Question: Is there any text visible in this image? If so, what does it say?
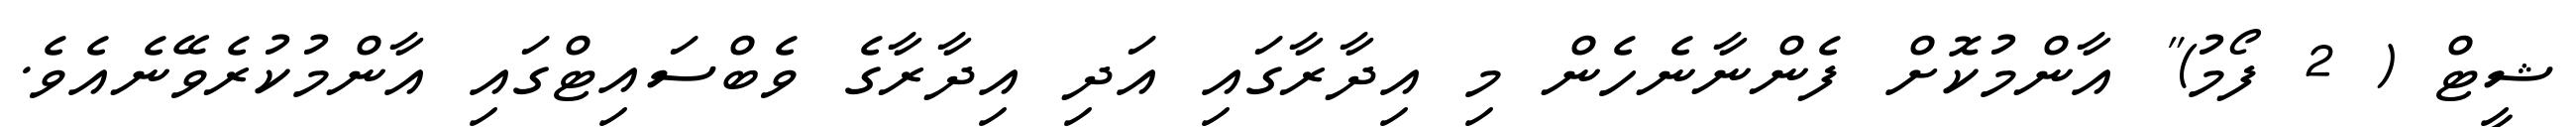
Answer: ޝީޓް ( 2 ފޯމު)" އާންމުކޮށް ފެންނާނެހެން މި އިދާރާގައި އަދި އިދާރާގެ ވެބްސައިޓްގައި އާންމުކުރެވޭނެއެވެ.